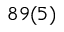
8 9 ( 5 )